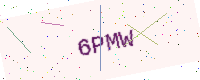
Text: 6PMW